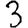
Digit: 3